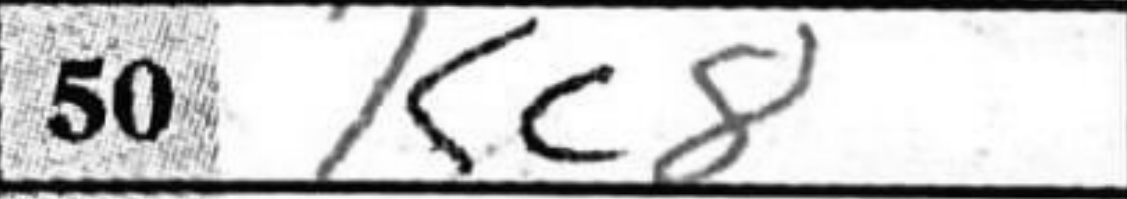
Transcription: Kc8